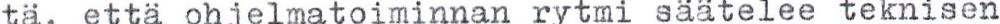
tä, että ohjelmatoiminnan rytmi säätelee teknisen